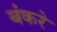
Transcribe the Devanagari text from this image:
बंकरे